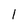
Character: l